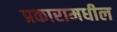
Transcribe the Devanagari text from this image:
प्रकारामधील